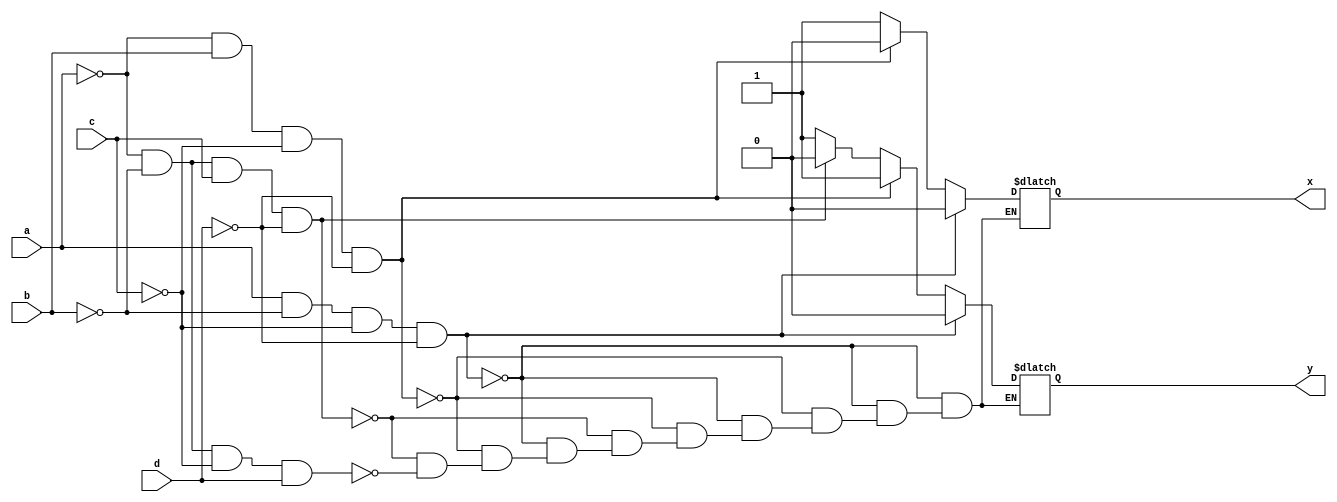
module encoder4_2(x,y,a,b,c,d);
  input a,b,c,d;
  output reg x,y;
  always @(a or b or c)
  begin
    if(a==1 & b==0 & c==0 & d==0)
      begin
        x=0;
        y=0;
      end
    else if (a==0 & b==1 & c==0 & d==0)
      begin
        x=0;
        y=1;
      end 
    else if (a==0 & b==0 & c==1 & d==0)
      begin
        x=1;
        y=0;
      end 
    else if (a==0 & b==0 & c==0 & d==1)
      begin
        x=1;
        y=1;
      end 
  end
endmodule